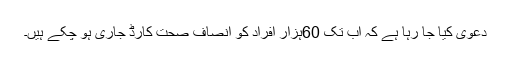
دعویٰ کیا جا رہا ہے کہ اب تک 60ہزار افراد کو انصاف صحت کارڈ جاری ہو چکے ہیں۔